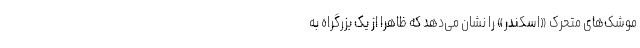
موشک‌های متحرک «اسکندر» را نشان می‌دهد که ظاهراً از یک بزرگراه به